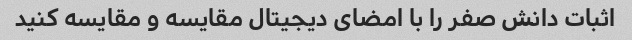
اثبات دانش صفر را با امضای دیجیتال مقایسه و مقایسه کنید